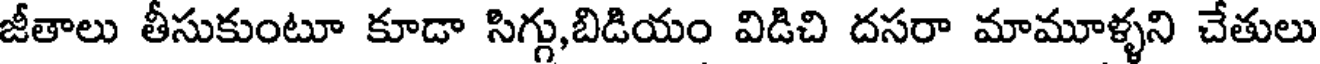
జీతాలు తీసుకుంటూ కూడా సిగ్గు,బిడియం విడిచి దసరా మామూళ్ళని చేతులు